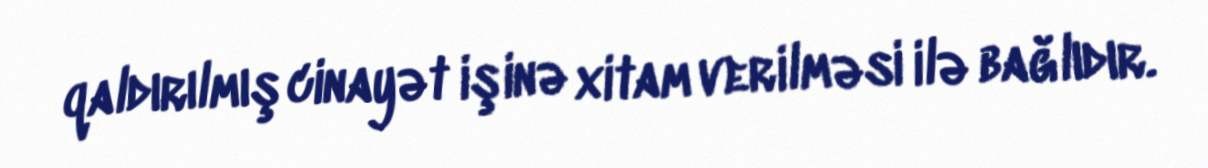
qaldırılmış cinayət işinə xitam verilməsi ilə bağlıdır.